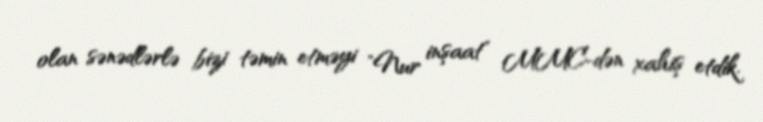
olan sənədlərlə bizi təmin etməyi "Nur inşaat" MMC-dən xahiş etdik.